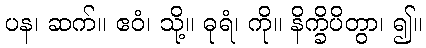
ပန၊ ဆက်။ ဧဝံ၊ သို့။ ဓုရံ၊ ကို။ နိက္ခိပိတွာ၊ ၍။